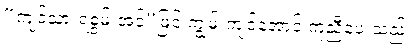
“ကျင့်သားရစွမ်းအင်”ဖြင့် ကျွမ်းကျင်အောင် ကူညီပေးသည်။